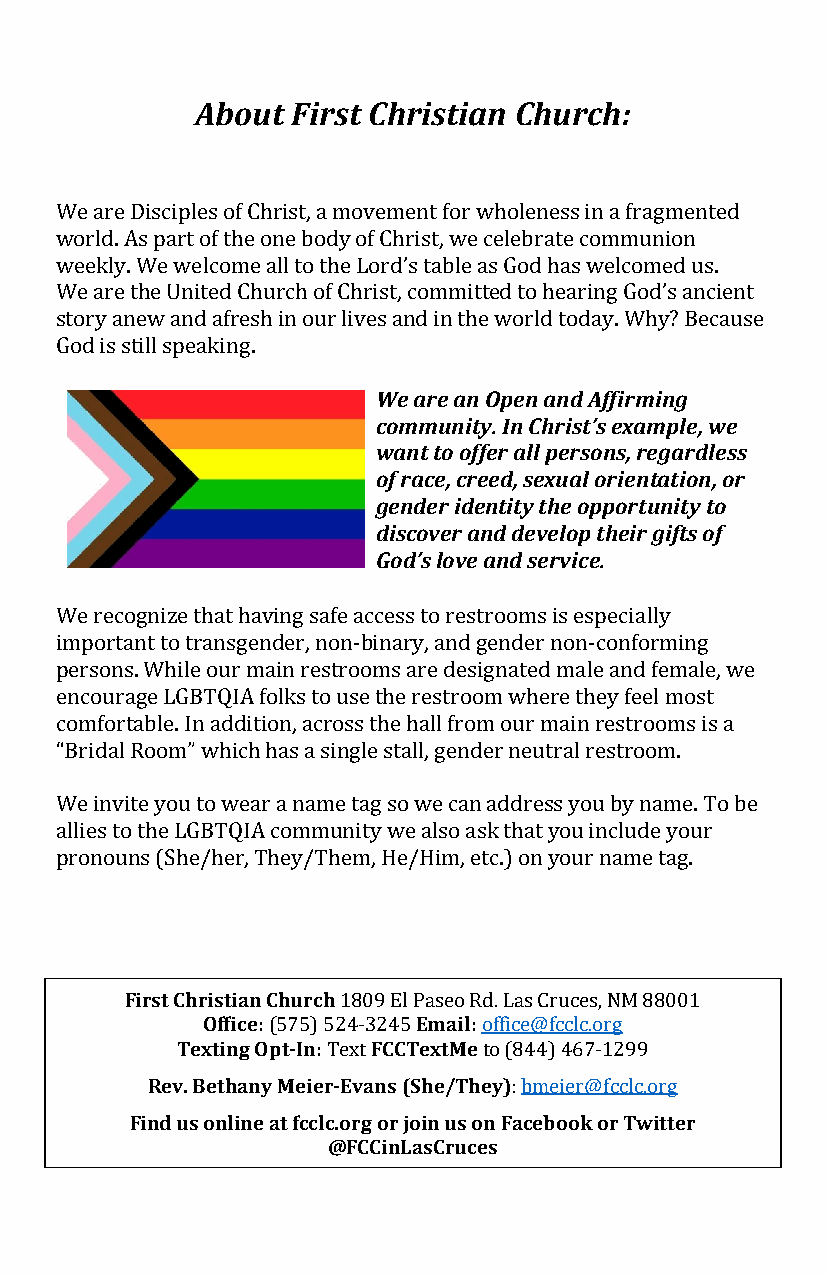
About First Christian Church:
 We are Disciples of Christ, a movement for wholeness in a fragmented
 world. As part of the one body of Christ, we celebrate communion
 weekly. We welcome all to the Lord’s table as God has welcomed us.
 We are the United Church of Christ, committed to hearing God’s ancient
 story anew and afresh in our lives and in the world today. Why? Because
 God is still speaking. We are an Open and Affirming
 community. In Christ’s example, we
 want to offer all persons, regardless
 of race, creed, sexual orientation, or
 gender identity the opportunity to
 discover and develop their gifts of
 G od’s love and service.
 We recognize that having safe access to restrooms is especially
 important to transgender, non-binary, and gender non-conforming
 persons. While our main restrooms are designated male and female, we
 encourage LGBTQIA folks to use the restroom where they feel most
 comfortable. In addition, across the hall from our main restrooms is a
 “Bridal Room” which has a single stall, gender neutral restroom.
 We invite you to wear a name tag so we can address you by name. To be
 allies to the LGBTQIA community we also ask that you include your
 pronouns (She/her, They/Them, He/Him, etc.) on your name tag.
 First Christian Church
 Office:        Email:
 Texting Opt-In: 180F9C EClT PeaxsteMo eRd. Las Cruces, NM 88001
 (575) 524-3245 office@fcclc.org
 Rev. Bethany Meier-Evans (She/They)
 Text      to (844) 467-1299
 Find us online at fcclc.org orjoin us on Facebook or Twitter
 : bmeier@fcclc.org
 @FCCinLasCruces